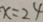
x = 2 4